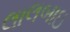
લાલબાઇ